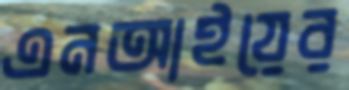
এনআইয়ের